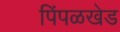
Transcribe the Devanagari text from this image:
पिंपळखेड